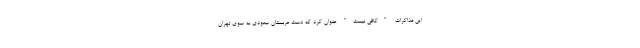
این مذاکرات "کافی نیست" عنوان کرد که دست عربستان سعودی به سوی تهران